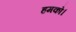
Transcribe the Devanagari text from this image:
हमको।